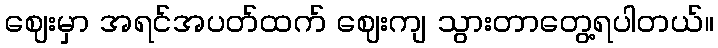
ဈေးမှာ အရင်အပတ်ထက် ဈေးကျ သွားတာတွေ့ရပါတယ်။